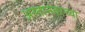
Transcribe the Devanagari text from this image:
अस्तानंतरच्या